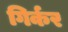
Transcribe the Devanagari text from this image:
गिर्कर